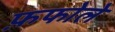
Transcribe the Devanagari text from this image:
फ़फोले